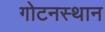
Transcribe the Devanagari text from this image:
गोटनस्थान